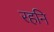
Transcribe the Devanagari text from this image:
रहनि